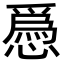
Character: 𢡺